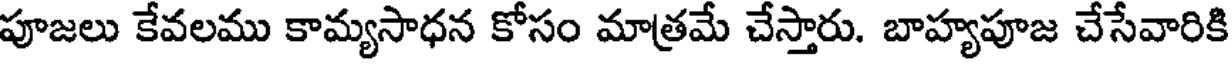
పూజలు కేవలము కామ్యసాధన కోసం మాత్రమే చేస్తారు. బాహ్యపూజ చేసేవారికి